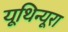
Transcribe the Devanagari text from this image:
यूथिन्यूरा